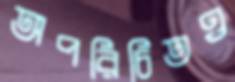
অপরিচিতও